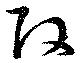
改